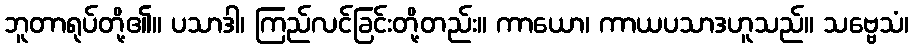
ဘူတာရုပ်တို့၏။ ပသာဒါ၊ ကြည်လင်ခြင်းတို့တည်း။ ကာယော၊ ကာယပသာဒဟူသည်။ သဗ္ဗေသံ၊